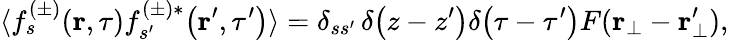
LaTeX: \langle f_{s}^{(\pm)}\! \left(\textbf{r},\tau\right)f_{s^{\prime}}^{(\pm)*}\! \left(\textbf{r}^{\prime},\tau^{\prime}\right)\rangle=\delta_{ss^{\prime}}\, \delta\! \left(z-z^{\prime}\right)\delta\! \left(\tau-\tau^{\prime}\right)F(\textbf{r}_{\bot}-\textbf{r}_{\bot}^{\prime}),